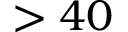
> 4 0